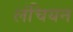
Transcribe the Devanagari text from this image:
लंचियन